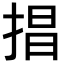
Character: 𢮵